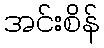
အင်းစိန်